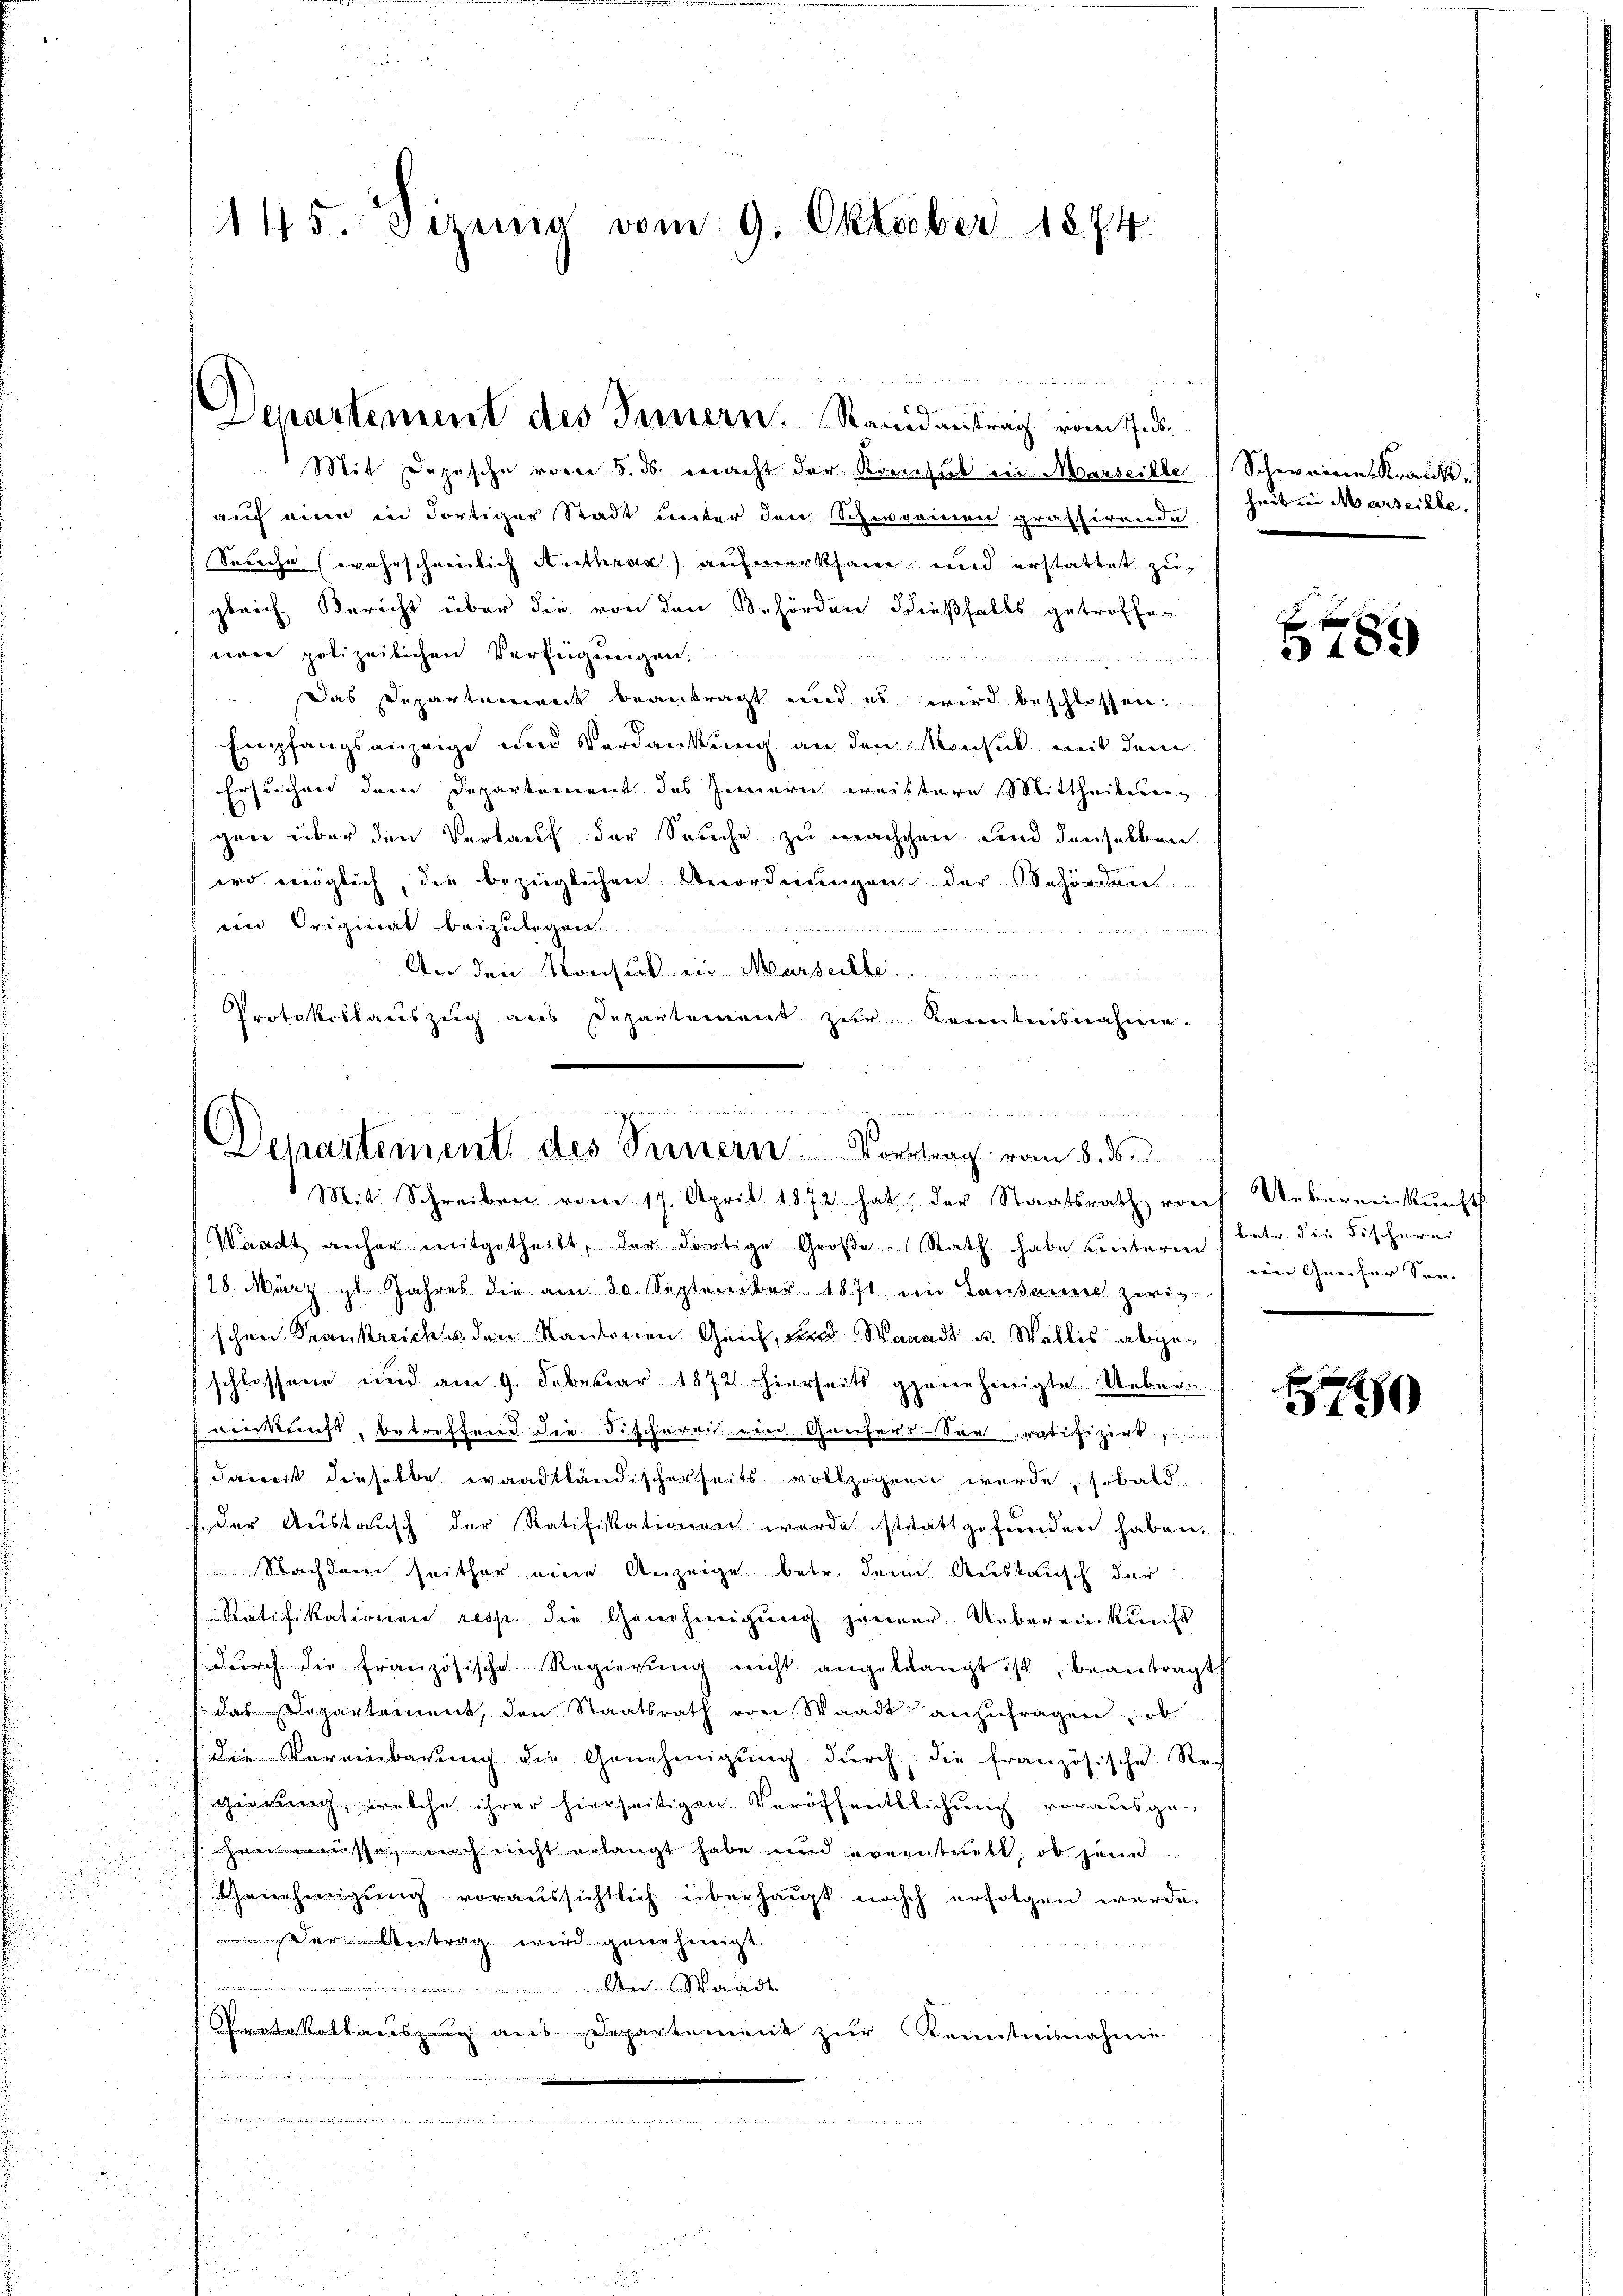
145. Jennig vom 9. Oktober 1874.

Separtement des Innern. Randantrag vom 17. ds.

8
u
Mit Depesche vom 5. ds. macht der Konsul in Marseille Schweines Krank
auf eine in dortiger Stadt unter den Schweinen grässerende
Sprache wahrscheinlich Anthrak aufmerksam und erstattet zu
gleich Bericht über die von den Behörden dießfalls getroffenon polizeilichen Verfügungen.

Das Departement beantragt und es wird beschlossen.
Empfangsanzeige und Verdankung an den Monsik mit dem
Ersuchen dem Departement des Innern weistere Mittheilung
gen über den Verkauf der Sache zu machchen und denselben
wrd möglich, die bezüglichen Anordnungen der Behörden
en Original beizulegen¬

An den Marchub ein Marseite
Protokollauszug aus Departement zur Kenntnisnahme.

.
n
Departement des Sinnern Vortrag vom 8. ds.
Mit Schreiben vom 17. April 1872 hat der Staatsrath roh Uebereinkunft

Waadt anher mitgetheilt, der dortige Große Rath habe unteren betr. die Fischerer
28. März l. Jahres die am 30. September 1871 im Lausanne zwischen Krankreich u. den Kantonen Genf, und Waadt u. Wallis abgeschlossene und am 9. Februar 1872 hierseits genehmigte Ueber-
virkunft, betreffend die Fischerei in Grisers. Son ratifizirt
Ferient dieselbe waadtländischerseits vollzogen werde, sobald
f. der Austausch der Ratifikationen werde stattgefunden haben.
Nachdenen seither eine Anzeige betr. dem Auskausch der
Ratifikationen resp. die Genehmigung jener Uebereinkunft
dŭrch die französische Regierŭng nicht angelangt ist, beantragt,
dassepartement, den Staatsrath von Staadt anzufragen, ob
die Vereinbarung die Genehmigung durch die französische Re-
gierung, welche ihrer hierseitigen Veröffentlichung vorausge¬
Hemmnisse, noch nicht erlangt habe und eventrett, ob jene
 Genehmigung voraussichtlich überhaupt noch erfolgen werde.
Der Antrag wird genehmigt.
 x 2 x
An Waadt

Protokollauszug aus Departement zur Kenntnisnahme
 505 § 225
u

heit in Marseithe.

e

5 189

ien Greifer See- |

140